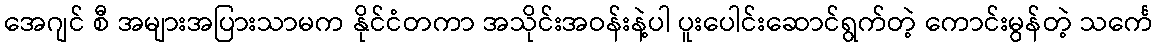
အေဂျင် စီ အများအပြားသာမက နိုင်ငံတကာ အသိုင်းအဝန်းနဲ့ပါ ပူးပေါင်းဆောင်ရွက်တဲ့ ကောင်းမွန်တဲ့ သင်္ကေ